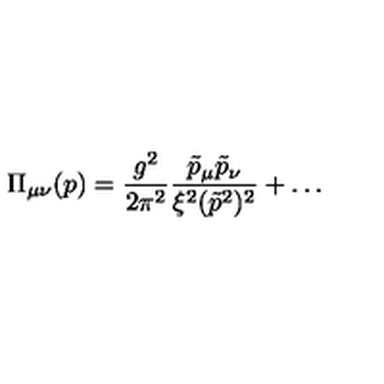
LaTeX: \Pi _ { \mu \nu } ( p ) = \frac { g ^ { 2 } } { 2 \pi ^ { 2 } } \frac { \tilde { p } _ { \mu } \tilde { p } _ { \nu } } { \xi ^ { 2 } ( \tilde { p } ^ { 2 } ) ^ { 2 } } + \ldots